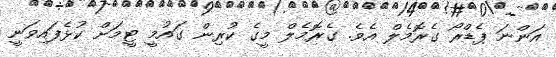
އަންނަ ޕެޑްރޯ ގެރޮމެލް އެވެ. ގެރޮމެލް މީގެ ކުރިން ގައުމީ ޓީމަށް ކުޅެފައިވަނީ